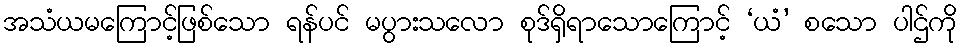
အသံယမကြောင့်ဖြစ်သော ရန်ပင် မပွားသလော စုဒ်ရှိရာသောကြောင့် ‘ယံ’ စသော ပါဌ်ကို